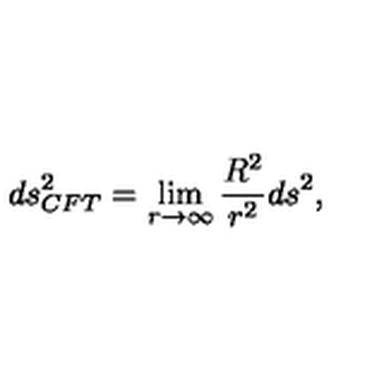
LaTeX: d s _ { C F T } ^ { 2 } = \lim _ { r \rightarrow \infty } \frac { R ^ { 2 } } { r ^ { 2 } } d s ^ { 2 } ,